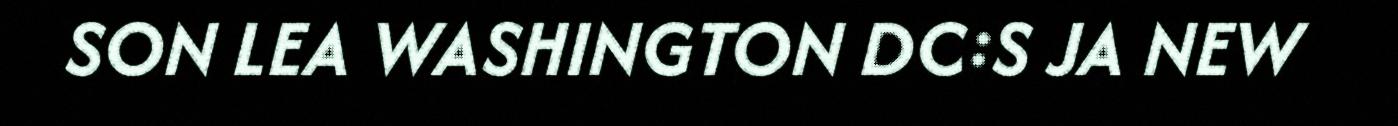
SON LEA WASHINGTON DC:S JA NEW